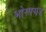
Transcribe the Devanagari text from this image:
भोरपगड